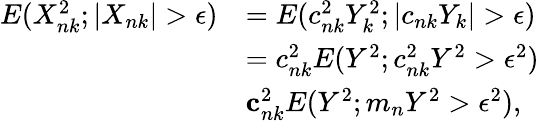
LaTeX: \begin{array}{rl}{E(X_{nk}^{2};|X_{nk}|>\epsilon)}&{=E(c_{nk}^{2}Y_{k}^{2};|c_{nk}Y_{k}|>\epsilon)}\\ &{=c_{nk}^{2}E(Y^{2};c_{nk}^{2}Y^{2}>\epsilon^{2})}\\ &{\le c_{nk}^{2}E(Y^{2};m_{n}Y^{2}>\epsilon^{2}),}\end{array}